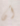
أن